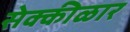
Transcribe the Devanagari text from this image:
सेक्कीळार